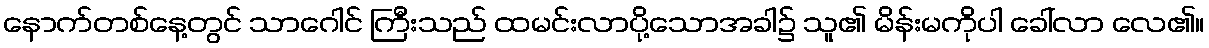
နောက်တစ်နေ့တွင် သာဂေါင် ကြီးသည် ထမင်းလာပို့သောအခါ၌ သူ၏ မိန်းမကိုပါ ခေါ်လာ လေ၏။